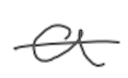
Text: a
Cross-out: single-line
Writing tool: digital_gray